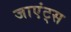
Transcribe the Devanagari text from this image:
जाएंट्स